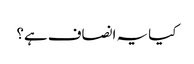
کیا یہ انصاف ہے؟